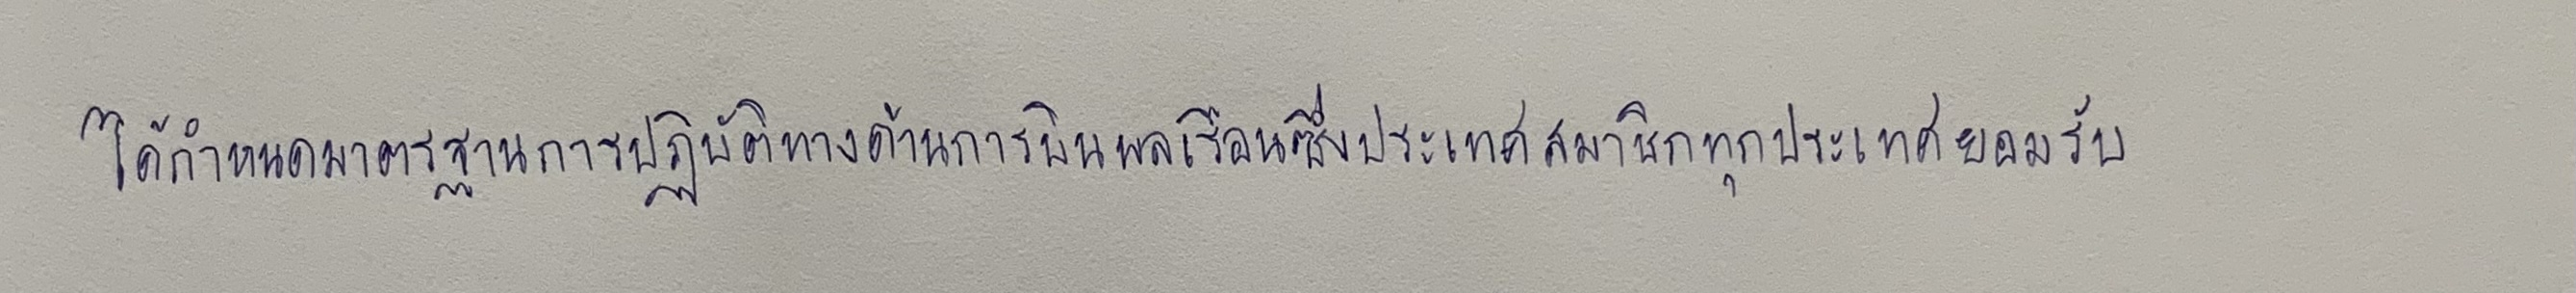
ได้กำหนดมาตรฐานการปฏิบัติทางด้านการบินพลเรือนซึ่งประเทศสมาชิกทุกประเทศยอมรับ